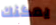
يمكنك